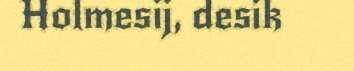
Holmesij, desik